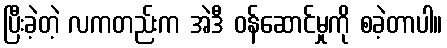
ပြီးခဲ့တဲ့ လကတည်းက အဲဒီ ဝန်ဆောင်မှုကို စခဲ့တာပါ။